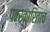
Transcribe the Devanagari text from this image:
पत्रकारिताच